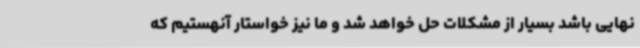
نهایی باشد بسیار از مشکلات حل خواهد شد و ما نیز خواستار آنهستیم که